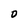
Character: D